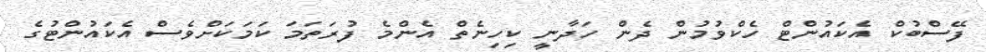
ފޭސްބުކް އެކައުންޓް ހެކްވުމުން ދެން ހަދާނީ ކިހިނެތް އެންމެ ފުރަތަމަ ކަމަކަށްވެސް އެކައުންޓުގެ